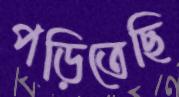
পড়িতেছি